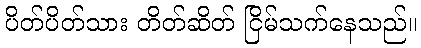
ပိတ်ပိတ်သား တိတ်ဆိတ် ငြိမ်သက်နေသည်။